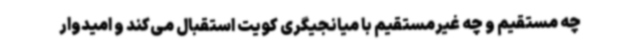
چه مستقیم و چه غیرمستقیم با میانجیگری کویت استقبال می‌کند و امیدوار